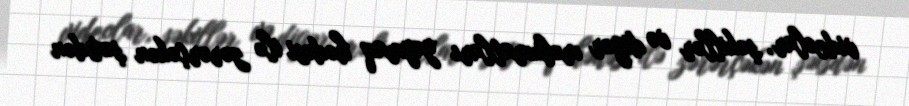
videolar, şəkillər və digər məlumatları yaymaq hədəsi ilə zərərçəkən şəxsdən